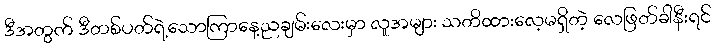
ဒီအတွက် ဒီတစ်ပတ်ရဲ့သောကြာနေ့ညချမ်းလေးမှာ လူအများ သတိထားလေ့မရှိတဲ့ လေဖြတ်ခါနီးရင်